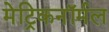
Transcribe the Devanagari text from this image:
मेट्रिकनॉर्मल